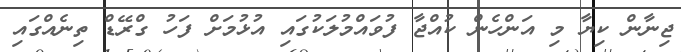
ޖިނާން ކިޔާ މި އަންހެން ކުއްޖާ ފުވައްމުލަކުގައި އުޅުމަށް ފަހު ގްރޭޑް ތިނެއްގައި